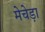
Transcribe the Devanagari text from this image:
मेचेड़ा